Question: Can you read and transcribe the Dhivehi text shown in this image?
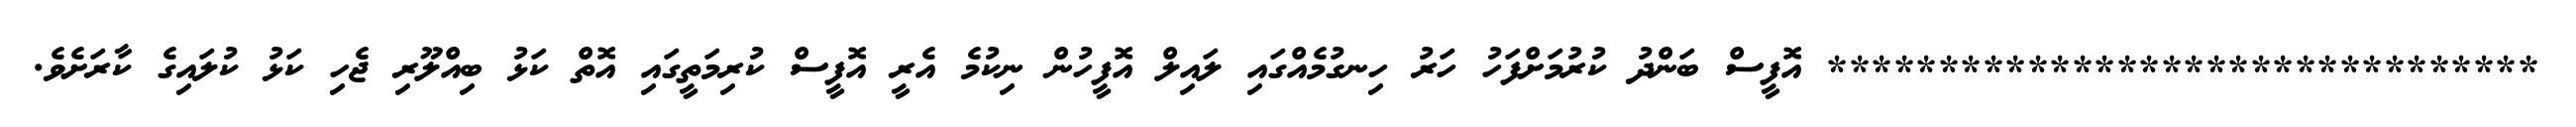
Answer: ******************************** އޮފީސް ބަންދު ކުރުމަށްފަހު ހަރު ހިނގުމެއްގައި ލައިލް އޮފީހުން ނިކުމެ އެރީ އޮފީސް ކުރިމަތީގައި އޮތް ކަޅު ބިއްލޫރި ޖެހި ކަޅު ކުލައިގެ ކާރަށެވެ.